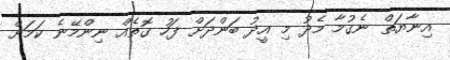
އިނާޔަތް ނެގުމާ މެދު މި އީދު ބަންދަށް ފަހު ގޮތެއް ނިންމޭނެ ކަމަށް